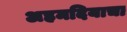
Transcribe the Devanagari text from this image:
अहमदियाचा